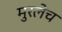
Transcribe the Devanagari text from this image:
मुरलेच